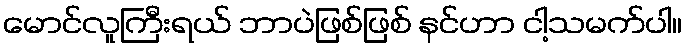
မောင်လူကြီးရယ် ဘာပဲဖြစ်ဖြစ် နင်ဟာ ငါ့သမက်ပါ။